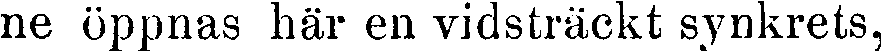
ne öppnas här en vidsträckt synkrets,